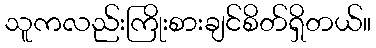
သူကလည်းကြိုးစားချင်စိတ်ရှိတယ်။